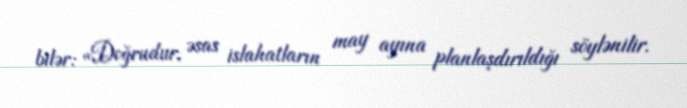
bilər: «Doğrudur, əsas islahatların may ayına planlaşdırıldığı söylənilir.